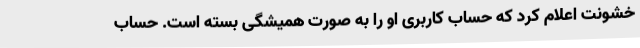
خشونت اعلام کرد که حساب کاربری او را به صورت همیشگی بسته است. حساب